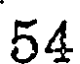
54